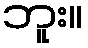
ဘူး။